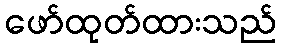
ဖော်ထုတ်ထားသည်